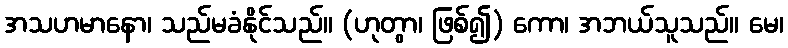
အသဟမာနော၊ သည်မခံနိုင်သည်။ (ဟုတွာ၊ ဖြစ်၍) ကော၊ အဘယ်သူသည်။ မေ၊